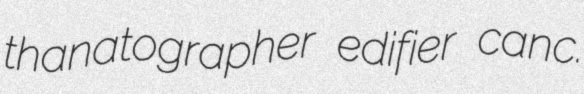
thanatographer edifier canc.